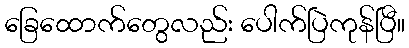
ခြေထောက်တွေလည်း ပေါက်ပြဲကုန်ပြီ။